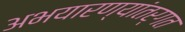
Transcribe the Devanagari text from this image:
अभयारण्यांतर्गत